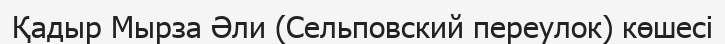
Қадыр Мырза Әли (Сельповский переулок) көшесі